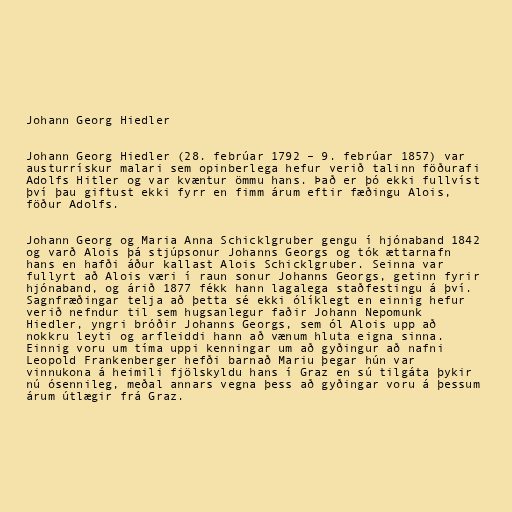
Johann Georg Hiedler

Johann Georg Hiedler (28. febrúar 1792 – 9. febrúar 1857) var
austurrískur malari sem opinberlega hefur verið talinn föðurafi
Adolfs Hitler og var kvæntur ömmu hans. Það er þó ekki fullvíst
því þau giftust ekki fyrr en fimm árum eftir fæðingu Alois,
föður Adolfs.

Johann Georg og Maria Anna Schicklgruber gengu í hjónaband 1842
og varð Alois þá stjúpsonur Johanns Georgs og tók ættarnafn
hans en hafði áður kallast Alois Schicklgruber. Seinna var
fullyrt að Alois væri í raun sonur Johanns Georgs, getinn fyrir
hjónaband, og árið 1877 fékk hann lagalega staðfestingu á því.
Sagnfræðingar telja að þetta sé ekki ólíklegt en einnig hefur
verið nefndur til sem hugsanlegur faðir Johann Nepomunk
Hiedler, yngri bróðir Johanns Georgs, sem ól Alois upp að
nokkru leyti og arfleiddi hann að vænum hluta eigna sinna.
Einnig voru um tíma uppi kenningar um að gyðingur að nafni
Leopold Frankenberger hefði barnað Mariu þegar hún var
vinnukona á heimili fjölskyldu hans í Graz en sú tilgáta þykir
nú ósennileg, meðal annars vegna þess að gyðingar voru á þessum
árum útlægir frá Graz.